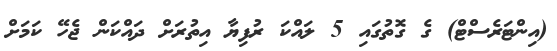
(އިންޓަރެސްޓް) ގެ ގޮތުގައި 5 ލައްކަ ރުފިޔާ އިތުރަށް ދައްކަން ޖެހޭ ކަމަށް